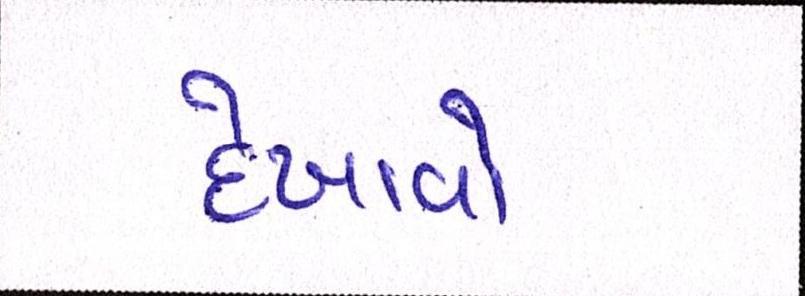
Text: દેખાવો